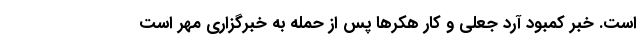
است. خبر کمبود آرد جعلی و کار هکرها پس از حمله به خبرگزاری مهر است